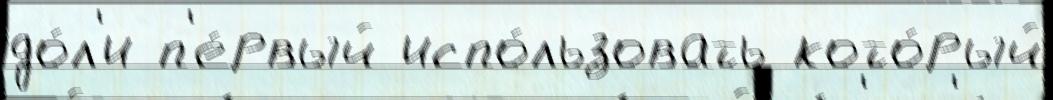
до́л'и п'е́рвый испо́льзовать кото́рый